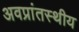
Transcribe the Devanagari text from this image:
अवप्रांतस्थीय